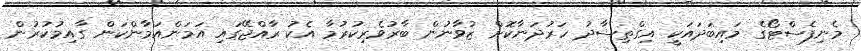
މެނިފެސްޓޯގެ މައިބަދައަކީ އިގްތިސާދު ހަރުދަނާކޮށް ޒުވާނުން ބާރުވެރިކުރުމާ އެކު ރާއްޖޭގައި އަމަންއަމާންކަން ގާއިމުކުރުން